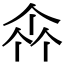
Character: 𠁭